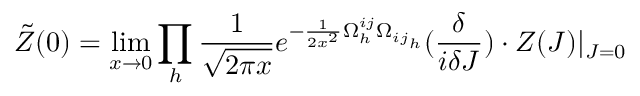
\tilde { Z } ( 0 ) = \operatorname * { l i m } _ { x \rightarrow 0 } \prod _ { h } \frac { 1 } { \sqrt { 2 \pi x } } e ^ { - \frac { 1 } { 2 x ^ { 2 } } \Omega _ { h } ^ { i j } { \Omega _ { i j } } _ { h } } ( { \frac { \delta } { i \delta J } } ) \cdot Z ( J ) | _ { J = 0 }